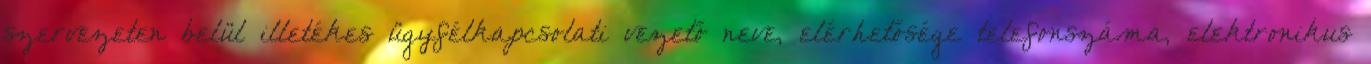
szervezeten belül illetékes ügyfélkapcsolati vezető neve, elérhetősége telefonszáma, elektronikus